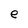
Character: e